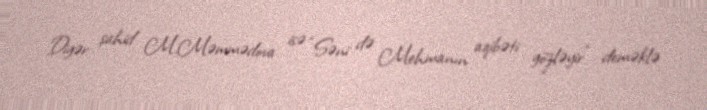
Digər şahid M.Məmmədova isə “Səni də Mehmanın aqibəti gözləyir” deməklə